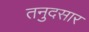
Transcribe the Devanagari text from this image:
तनुदसार